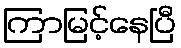
ကြာမြင့်နေပြီ